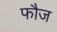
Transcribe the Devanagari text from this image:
फाैज